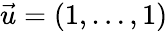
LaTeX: {\vec{u}}=(1,\ldots,1)